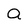
Character: a